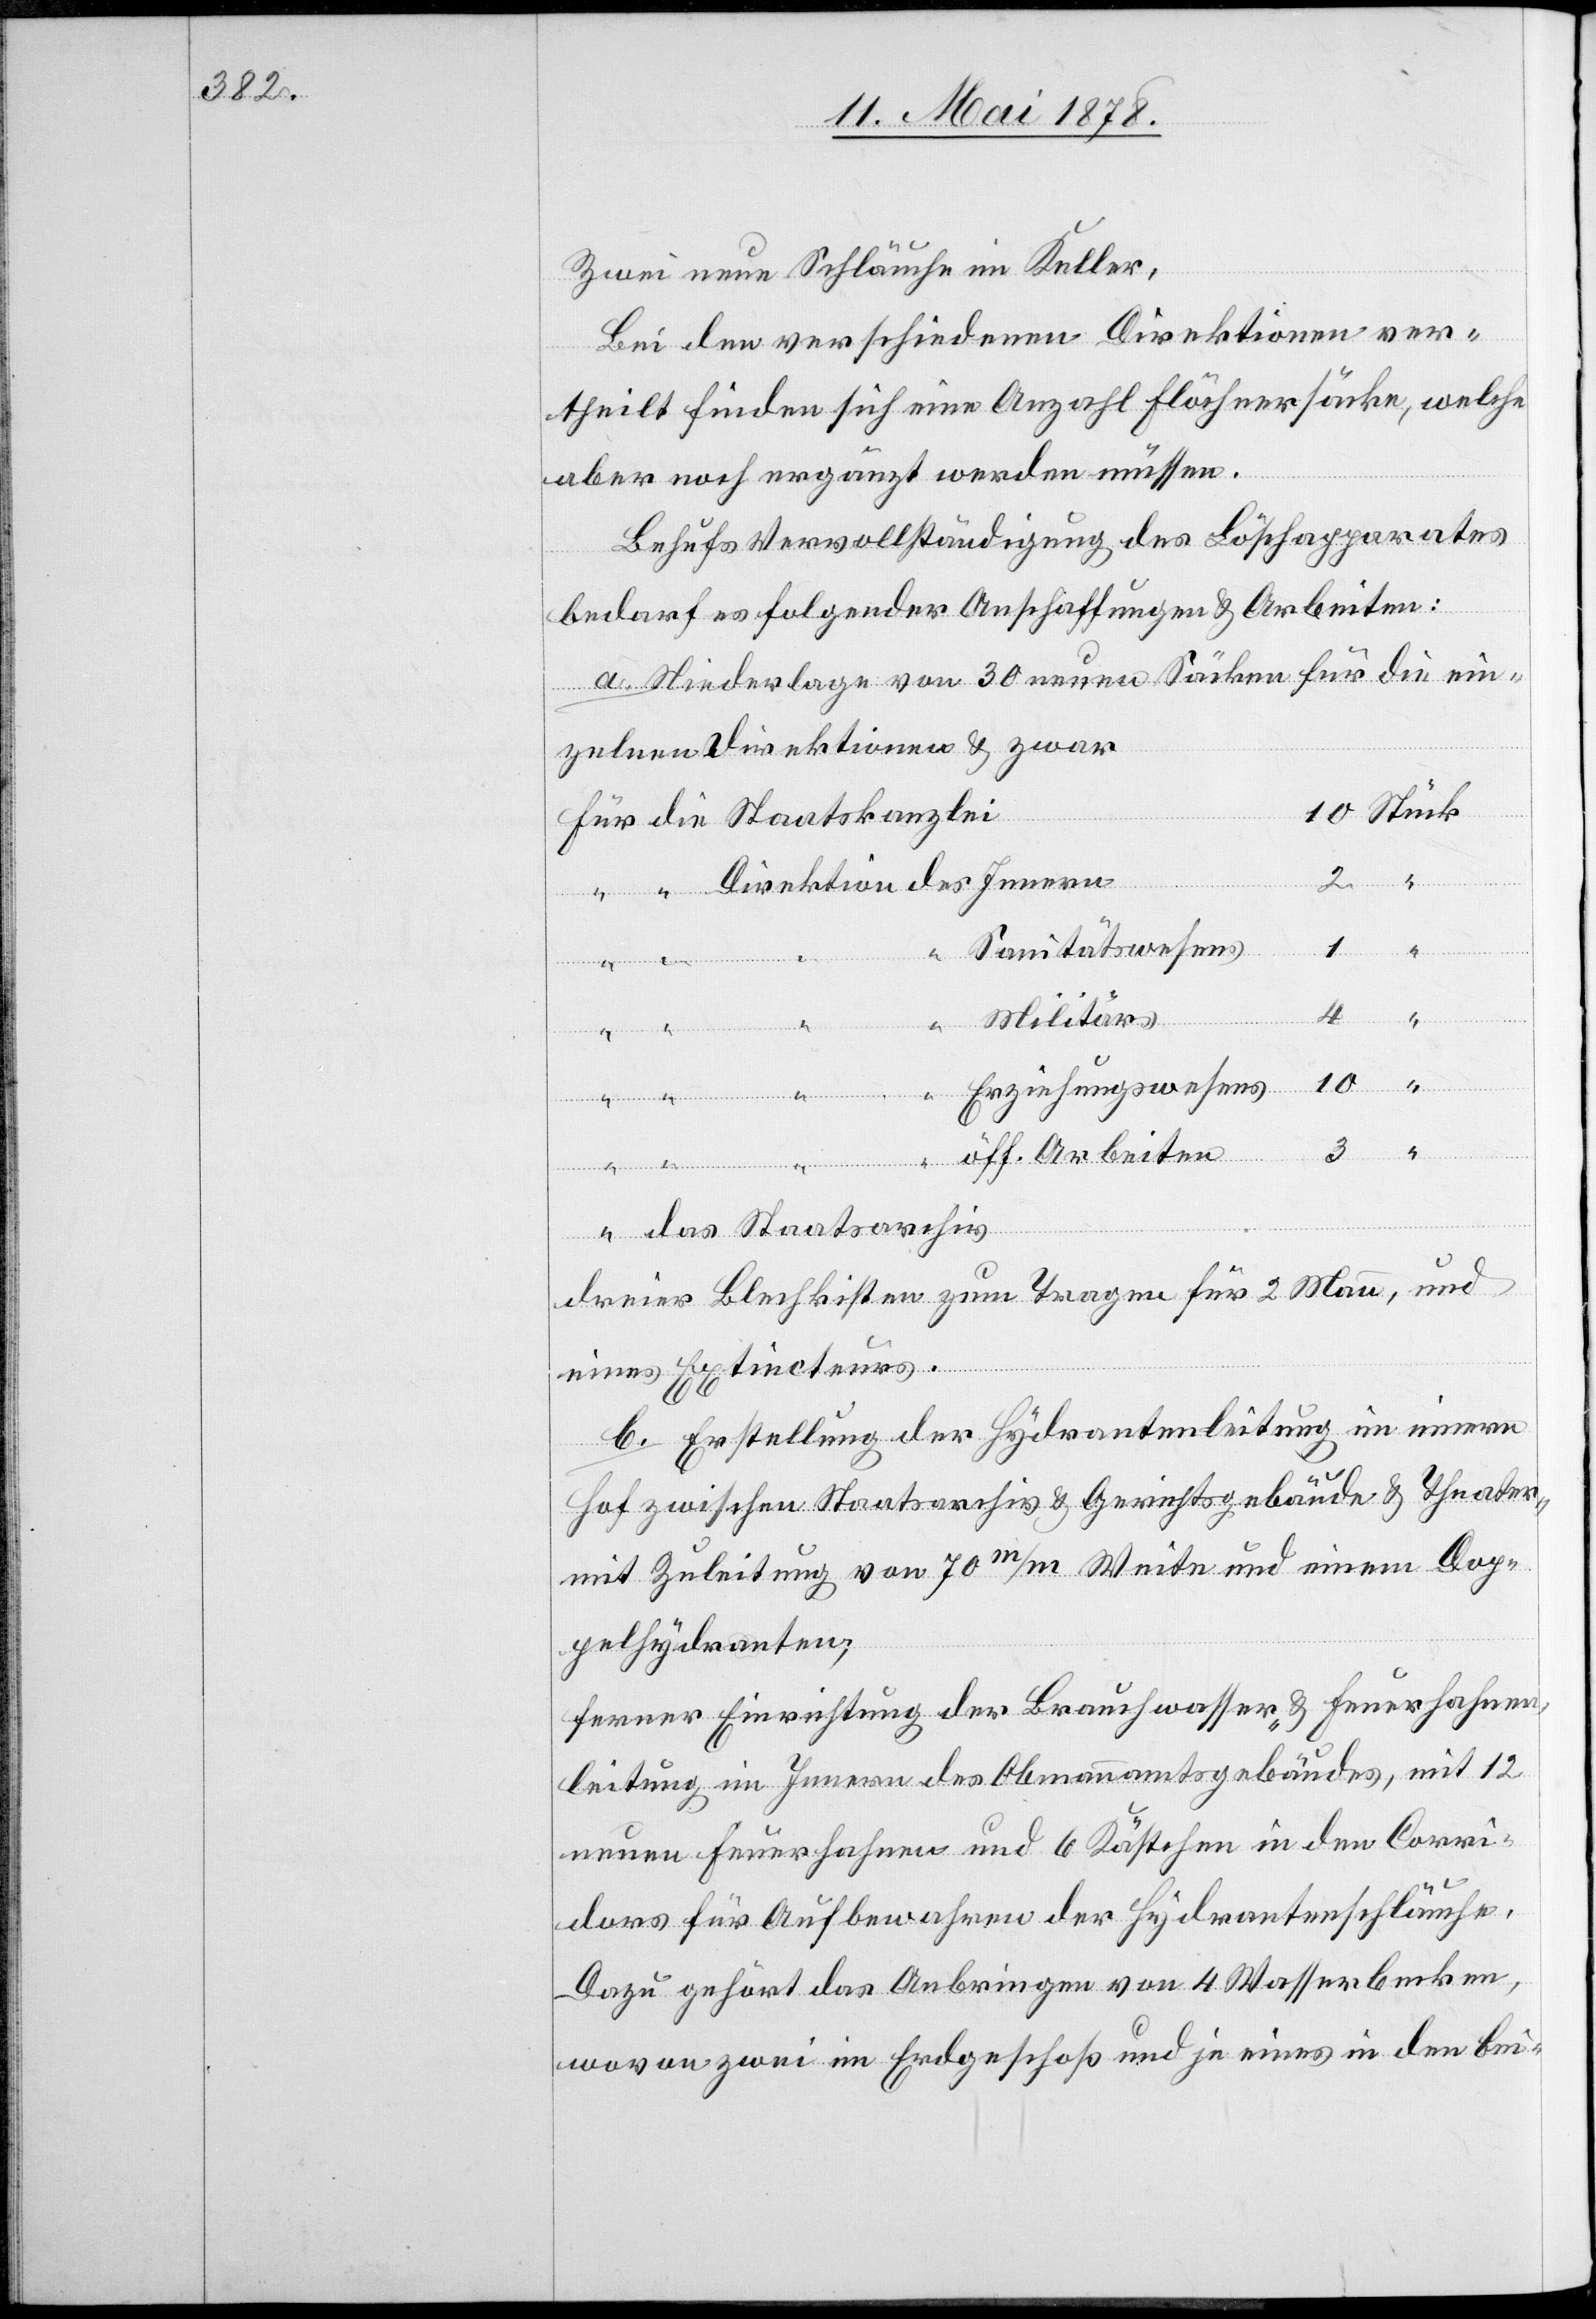
Zwei neue Schläuche im Keller,
Bei den verschiedenen Direktionen ver¬
theilt finden sich eine Anzahl Flöchnersäcke, welche
aber noch ergänzt werden müssen.
Behufs Vervollständigung des Löschapparates
[der]
bedarf es folgender Anschaffungen & Arbeiten:
a. Niederlage von 30 neuen Säcken für die ein¬
zelnen Direktionen & zwar
4
“
Sanitätswesens
1
Innern
Militärs
10
“
“
Erziehungswesens
Staatskanzlei
öff. Arbeiten
das Staatsarchiv
dreier Blechkisten zum Tragen für 2 Mann, und
eines Extincteurs.
b. Erstellung der Hydrantenleitung im innern
Hof zwischen Staatsarchiv & Gerichtsgebäude & Theater
mit Zuleitung von 70 m/m Weite und einem Dop¬
pelhydranten;
ferner Einrichtung der Brauchwasser- & Feuerfahnen¬
leitung im Innern des Obmannamtsgebäudes, mit 12
neuen Feuerhahnen und 6 Kästchen in den Corri¬
dors für Aufbewahren der Hydrantenschläuche.
Dazu gehört das Anbringen von 4 Wasserbecken,
wovon zwei im Erdgeschoß und je eines in den bei-